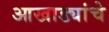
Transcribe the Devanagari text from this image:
आखाड्यांचे